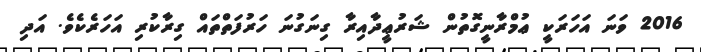
2016 ވަނަ އަހަރަކީ ޢުމްރާނީގޮތުން ޝަރުޢީދާއިރާ ގިނަގުނަ ހަރުފަތްތައް ގިރާކުރި އަހަރެކެވެ. އަދި